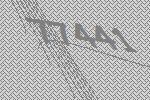
77441